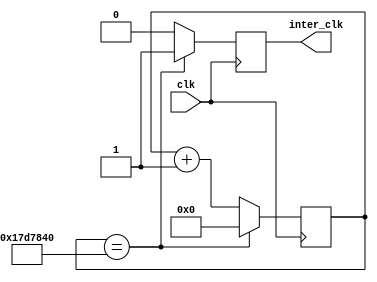
module clk_divider(clk, inter_clk);

input	clk;

output reg inter_clk;

reg [25:0] clk_cnt;


always@(posedge clk)
	begin
	
	if(clk_cnt == 26'd25_000_000) 
		begin
			clk_cnt <= 26'd0;
			inter_clk <= 1;
		end
		else begin
			clk_cnt <= clk_cnt + 1'b1;
			inter_clk <= 0;
		end
	end
endmodule